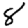
Digit: 8